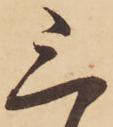
三